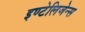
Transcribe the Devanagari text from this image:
इण्टेलिजेन्स